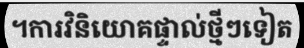
។ការវិនិយោគផ្ទាល់ថ្មីៗទៀត